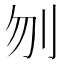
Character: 刎